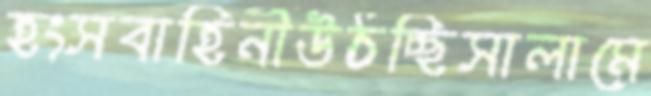
হংসবাহিনীউঠচ্ছিসালামে